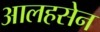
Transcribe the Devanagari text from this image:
आलहसेन